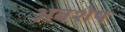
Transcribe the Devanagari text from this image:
अबशेष